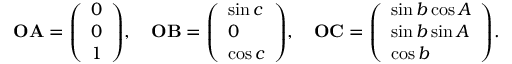
\mathbf { O A } = { \left( \begin{array} { l } { 0 } \\ { 0 } \\ { 1 } \end{array} \right) } , \quad \mathbf { O B } = { \left( \begin{array} { l } { \sin c } \\ { 0 } \\ { \cos c } \end{array} \right) } , \quad \mathbf { O C } = { \left( \begin{array} { l } { \sin b \cos A } \\ { \sin b \sin A } \\ { \cos b } \end{array} \right) } .